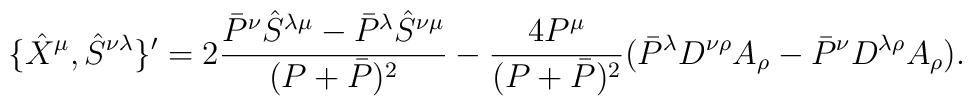
\{\hat{X}^{\mu }, \hat{S}^{\nu \lambda }\}'=2\frac{\bar{P}^{\nu }\hat{S}^{\lambda \mu }-\bar{P}^{\lambda }\hat{S}^{\nu \mu }}{(P+\bar{P})^2}-\frac{4P^{\mu }}{(P+\bar{P})^2}(\bar{P}^{\lambda }D^{\nu \rho }A_{\rho }-\bar{P}^{\nu }D^{\lambda \rho }A_{\rho }).  \nonumber \\